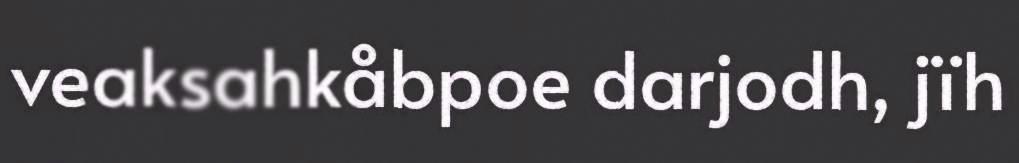
veaksahkåbpoe darjodh, jïh